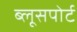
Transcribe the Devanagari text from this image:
ब्लूसपोर्ट